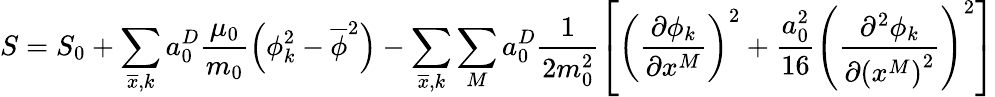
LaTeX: S=S_{0}+\sum_{\overline{{x}},k}a_{0}^{D}\frac{\mu_{0}}{m_{0}}\left(\phi_{k}^{2}-\overline{{\phi}}^{2}\right)-\sum_{\overline{{x}},k}\sum_{M}a_{0}^{D}\frac{1}{2m_{0}^{2}}\left[\left(\frac{\partial\phi_{k}}{\partial x^{M}}\right)^{2}+\frac{a_{0}^{2}}{16}\left(\frac{\partial^{2}\phi_{k}}{\partial\left(x^{M}\right)^{2}}\right)^{2}\right]